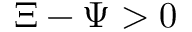
\Xi - \Psi > 0